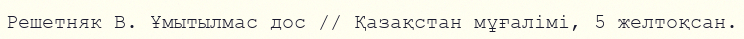
Решетняк В. Ұмытылмас дос // Қазақстан мұғалімі, 5 желтоқсан.